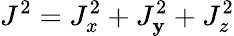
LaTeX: J^{2}=J_{x}^{2}+J_{\mathbf{y}}^{2}+J_{z}^{2}